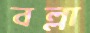
বল্লা